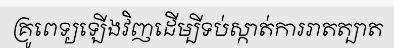
គ្រូពេទ្យឡើងវិញដើម្បីទប់ស្កាត់ការរាតត្បាត